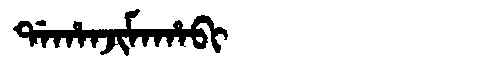
Manchu: ᡩᠠᡥᠠᠨᠵᡳᠮᠠᡥᠠᠪᡳ
Romanization: DAHANJIMAHABI